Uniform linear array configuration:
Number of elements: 64
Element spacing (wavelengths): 0.25
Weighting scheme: hamming
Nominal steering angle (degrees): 15
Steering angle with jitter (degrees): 14.825
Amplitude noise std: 0.05
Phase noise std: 0.05

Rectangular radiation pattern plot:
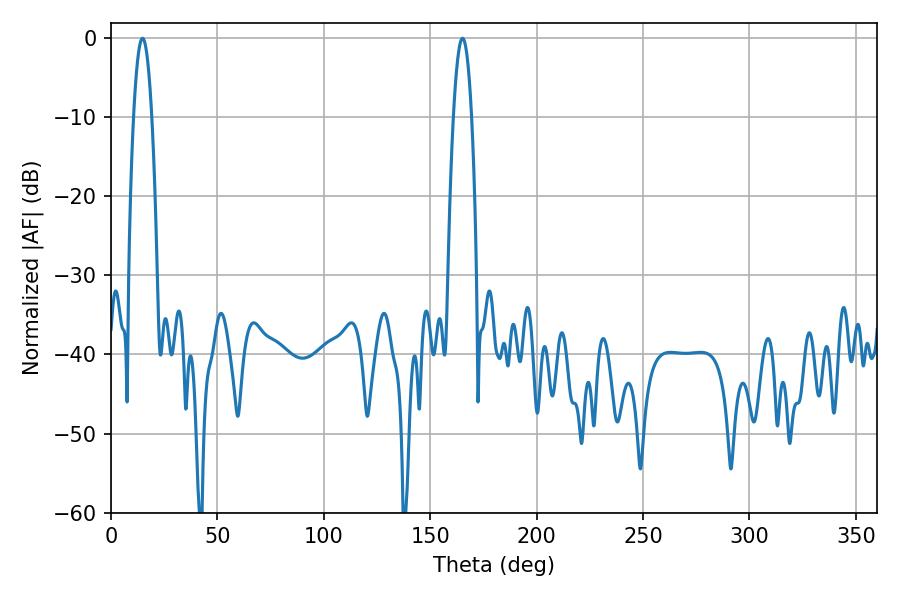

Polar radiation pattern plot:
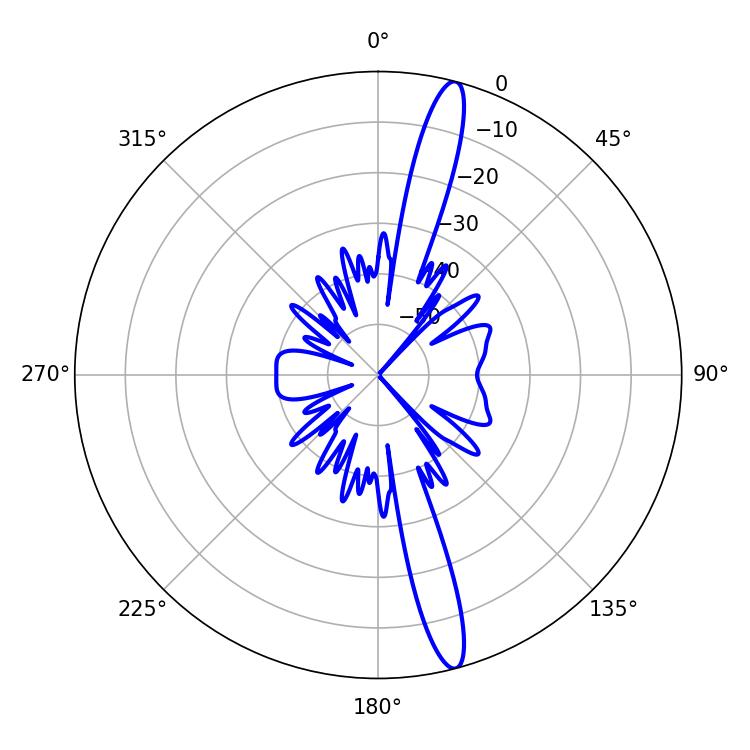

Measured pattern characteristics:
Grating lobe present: FALSE
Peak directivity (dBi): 16.407
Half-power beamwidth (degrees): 4.68
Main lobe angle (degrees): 14.76